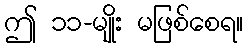
ဤ ၁၁-မျိုး မဖြစ်စေရ။